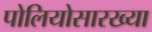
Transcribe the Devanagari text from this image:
पोलियोसारख्या